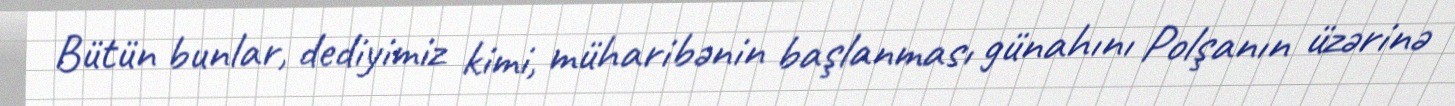
Bütün bunlar, dediyimiz kimi, müharibənin başlanması günahını Polşanın üzərinə